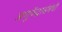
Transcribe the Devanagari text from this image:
अणुकेंद्रासंबंधी